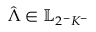
\hat { \boldsymbol { \Lambda } } \in \mathbb { L } _ { 2 ^ { - } K ^ { - } }